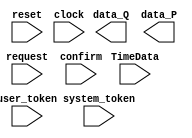
/*--  *******************************************************
--  Computer Architecture Course, Laboratory Sources 
--  Amirkabir University of Technology (Tehran Polytechnic)
--  Department of Computer Engineering (CE-AUT)
--  https://ce[dot]aut[dot]ac[dot]ir
--  *******************************************************
--  All Rights reserved (C) 2021-2022
--  *******************************************************
--  Student ID  : 
--  Student Name: 
--  Student Mail: 
--  *******************************************************
--  Additional Comments:
--
--*/

/*-----------------------------------------------------------
---  Module Name: controller
-----------------------------------------------------------*/
`timescale 1 ns/1 ns
module controller(
input [2:0] system_token,
input request,
input [7:0] TimeData,
input reset,
input clock,
input confirm,
input [2:0] user_token,
output [7:0] data_Q,
output [7:0] data_P
);

 // write your code here, please.
endmodule